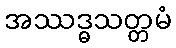
အဿဒ္ဓသတ္တမံ